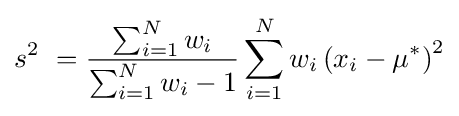
s^{2}\ ={\frac {\sum _{i=1}^{N}w_{i}}{\sum _{i=1}^{N}w_{i}-1}}\sum _{i=1}^{N}w_{i}\left(x_{i}-\mu ^{*}\right)^{2}